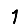
Digit: 1